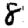
Digit: 8